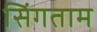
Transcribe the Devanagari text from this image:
सिंगताम